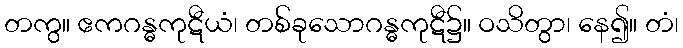
တကွ။ ဧကဂန္ဓကုဋီယံ၊ တစ်ခုသောဂန္ဓကုဋီ၌။ ဝသိတွာ၊ နေ၍။ တံ၊